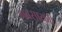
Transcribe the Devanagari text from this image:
गवसायची